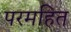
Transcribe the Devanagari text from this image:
परमहित